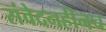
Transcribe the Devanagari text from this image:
संवेदनहीनच